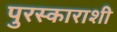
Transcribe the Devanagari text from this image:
पुरस्काराशी